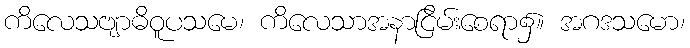
ကိလေသဗျာဓိဝူပသမေ၊ ကိလေသာအနာငြိမ်းစေရာ၌။ အဂဒသမော၊